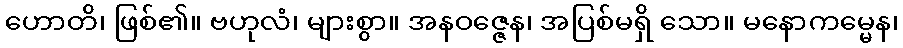
ဟောတိ၊ ဖြစ်၏။ ဗဟုလံ၊ များစွာ။ အနဝဇ္ဇေန၊ အပြစ်မရှိ သော။ မနောကမ္မေန၊